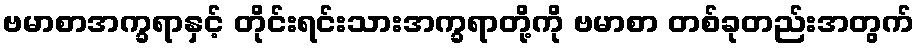
ဗမာစာအက္ခရာနှင့် တိုင်းရင်းသားအက္ခရာတို့ကို ဗမာစာ တစ်ခုတည်းအတွက်